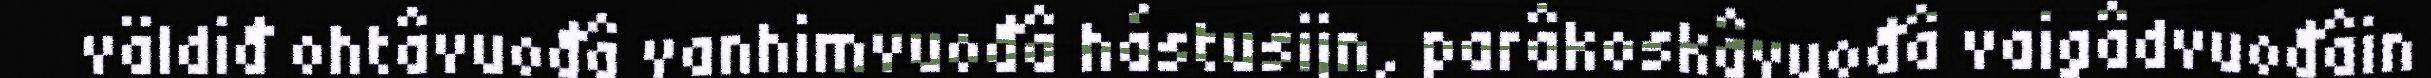
väldiđ ohtâvuođâ vanhimvuođâ hástusijn, parâkoskâvuođâ vaigâdvuođâin